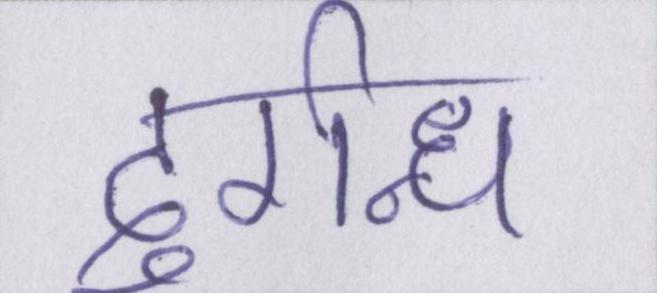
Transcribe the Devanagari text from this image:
दुर्गन्ध